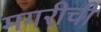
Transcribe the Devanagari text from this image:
मगरीची